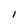
Character: l